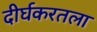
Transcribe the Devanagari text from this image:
दीर्घकरतला